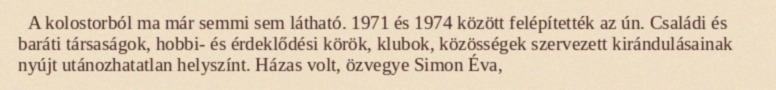
A kolostorból ma már semmi sem látható. 1971 és 1974 között felépítették az ún. Családi és baráti társaságok, hobbi- és érdeklődési körök, klubok, közösségek szervezett kirándulásainak  nyújt utánozhatatlan helyszínt. Házas volt, özvegye Simon Éva,